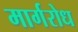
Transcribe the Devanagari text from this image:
मार्गरोध